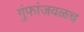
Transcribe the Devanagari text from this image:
गुंफांजवळच